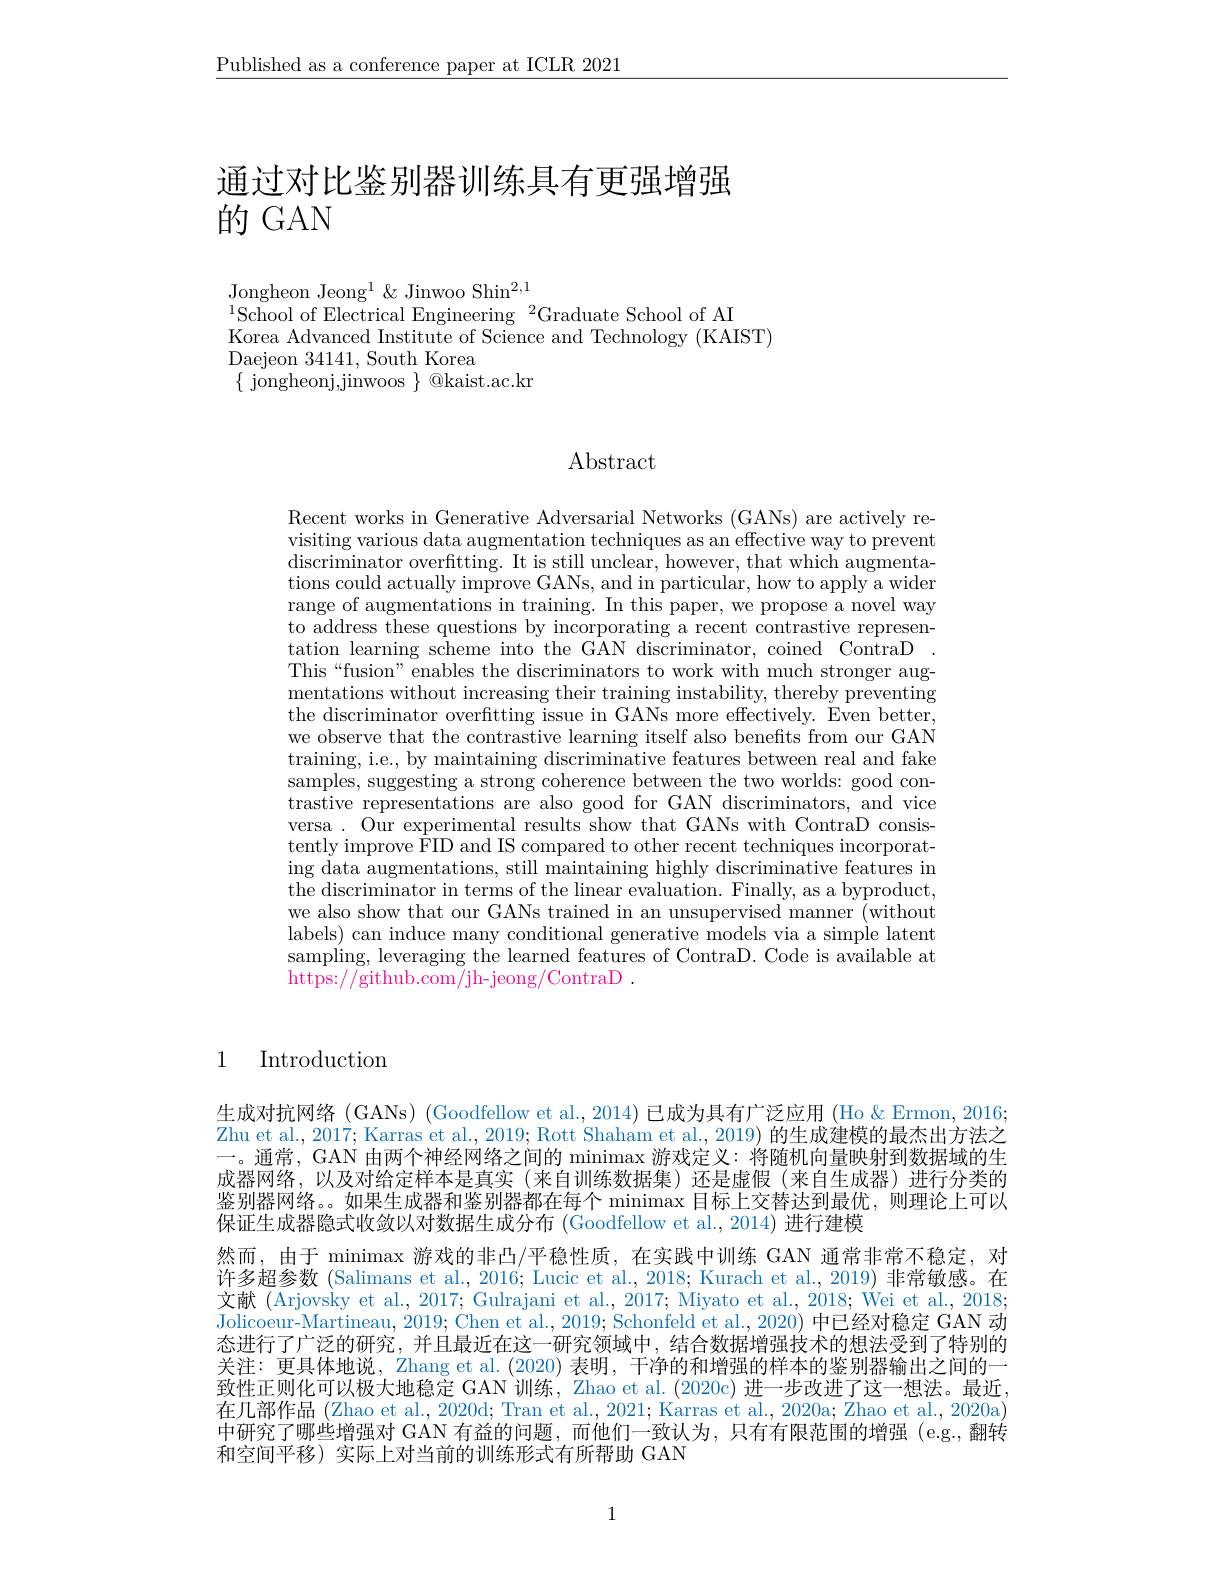
$\underline{\text{Published as a conference paper at ICLR 2021}}$

# 通过对比鉴别器训练具有更强增强的 GAN

Jongheon Jeong$^1\&$ Jinwoo Shin$^2,1$
$^{1}$School of Electrical Engineering $^2$Graduate School of AI
Korea Advanced Institute of Science and Technology (KAIST)
Daejeon 34141, South Korea
$\{$ jongheonj,jinwoos $\}$ @kaist.ac.kr

# Abstract

Recent works in Generative Adversarial Networks (GANs) are actively revisiting various data augmentation techniques as an effective way to prevent discriminator overftting. It is still unclear, however, that which augmentations could actually improve GANs, and in particular, how to apply a wider range of augmentations in training. In this paper, we propose a novel way to address these questions by incorporating a recent contrastive representation learning scheme into the GAN discriminator, coined ContraD This“fusion” enables the discriminators to work with much stronger augmentations without increasing their training instability, thereby preventing the discriminator overfitting issue in GANs more effectively. Even better, we observe that the contrastive learning itself also benefits from our GAN training, i.e., by maintaining discriminative features between real and fake samples, suggesting a strong coherence between the two worlds: good contrastive representations are also good for GAN discriminators, and vice versa . Our experimental results show that GANs with ContraD consistently improve FID and IS compared to other recent techniques incorporating data augmentations, still maintaining highly discriminative features in the discriminator in terms of the linear evaluation. Finally, as a byproduct, we also show that our GANs trained in an unsupervised manner (without labels) can induce many conditional generative models via a simple latent sampling, leveraging the learned features of ContraD. Code is available at https://github.com/jh-jeong/ContraD .

# 1 Introduction

生成对抗网络 (GANs) (Goodfellow et al., 2014) 已成为具有广泛应用 (Ho&Ermon, 2016; Zhu et al., 2017; Karras et al., 2019; Rott Shaham et al., 2019) 的生成建模的最杰出方法之一。通常，GAN 由两个神经网络之间的 minimax 游戏定义：将随机向量映射到数据域的生成器网络，以及对给定样本是真实(来自训练数据集)还是虚假(来自生成器)进行分类的鉴别器网络。。如果生成器和鉴别器都在每个 minimax 目标上交替达到最优，则理论上可以保证生成器隐式收敛以对数据生成分布 (Goodfellow et al., 2014) 进行建模
然而，由于 minimax 游戏的非凸/平稳性质，在实践中训练 GAN 通常非常不稳定，对许多超参数 (Salimans et al., 2016; Lucic et al., 2018; Kurach et al., 2019) 非常敏感。在文献 (Arjovsky et al., 2017; ' Gulrajani et al., 2017; Miyato et al., 2018; Wei et al., 2018; Jolicoeur-Martineau, 2019; Chen et al., 2019; Schonfeld et al., 2020) 中已经对稳定 GAN 动态进行了广泛的研究，并且最近在这一研究领域中，结合数据增强技术的想法受到了特别的关注：更具体地说，Zhang et al. (2020) 表明 , 干净的和增强的样本的鉴别器输出之间的一致性正则化可以极大地稳定 GAN 训练，Zhao et al. (2020c) 进一步改进了这一想法。最近， 在几部作品 (Zhao et al., 2020d; Tran et al., 2021; Karras et al., 2020a; Zhao et al., 2020a) 中研究了哪些增强对 GAN 有益的问题，而他们一致认为，只有有限范围的增强(e.g.,翻转和空间平移)实际上对当前的训练形式有所帮助 GAN

1